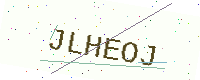
Text: JLHEOJ